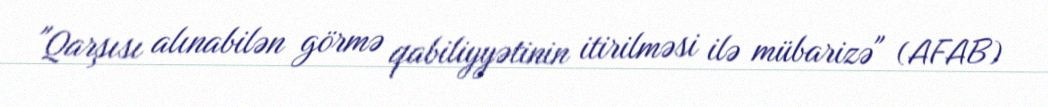
"Qarşısı alınabilən görmə qabiliyyətinin itirilməsi ilə mübarizə" (AFAB)